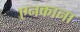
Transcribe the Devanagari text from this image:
एनकाना